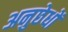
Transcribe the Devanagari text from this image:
अनुछेधों